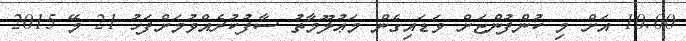
10:00 އަށް މި ކުންފުންޏަށް ވަޑައިގެން މަޢުލޫމާތު ސާފުކުރެއްވުމަށްފަހު 21 މޭ 2015